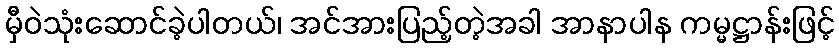
မှီဝဲသုံးဆောင်ခဲ့ပါတယ်၊ အင်အားပြည့်တဲ့အခါ အာနာပါန ကမ္မဋ္ဌာန်းဖြင့်